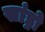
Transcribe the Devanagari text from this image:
सांड्रो